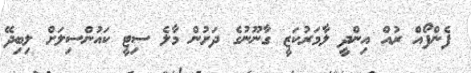
ފެންފޯއް ރުއް އިންދީ ލާމަރުކަޒީ ގާނޫނުގެ ދަށުން މާލެ ސިޓީ ކައުންސިލަށް ލިބިދޭ